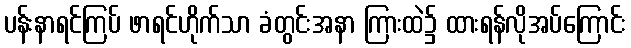
ပန်းနာရင်ကြပ် ဖာရင်ဟိုက်သာ ခံတွင်းအနာ ကြားထဲ၌ ထားရန်လိုအပ်ကြောင်း